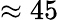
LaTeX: \approx 45